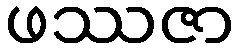
ဖဿဇာ